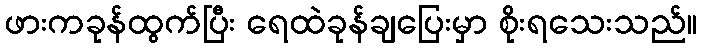
ဖားကခုန်ထွက်ပြီး ရေထဲခုန်ချပြေးမှာ စိုးရသေးသည်။